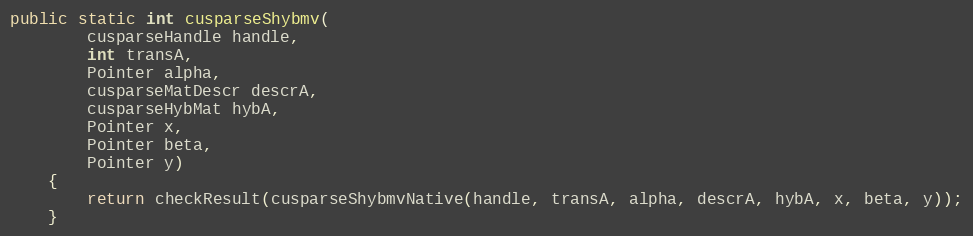
Language: Java
public static int cusparseShybmv(
        cusparseHandle handle,
        int transA,
        Pointer alpha,
        cusparseMatDescr descrA,
        cusparseHybMat hybA,
        Pointer x,
        Pointer beta,
        Pointer y)
    {
        return checkResult(cusparseShybmvNative(handle, transA, alpha, descrA, hybA, x, beta, y));
    }